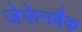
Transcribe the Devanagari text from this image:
जेफेनबैक